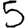
Digit: 5